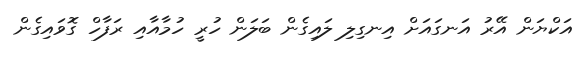
އަކްޔަން އޭރު އަނގައަށް އިނގިލި ލައިގެން ބަލަން ހުރީ ހުމާއާއި ރަފާހް ގޮވައިގެން